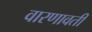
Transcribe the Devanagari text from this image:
वारणावती